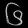
Digit: ၆